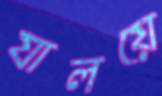
যালয়ে